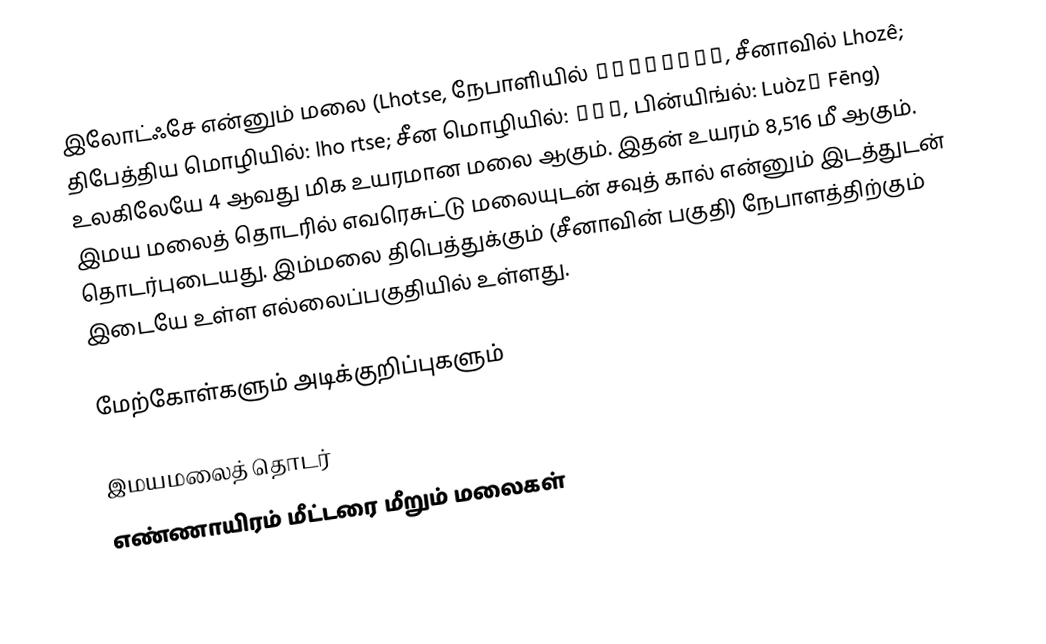
இலோட்ஃசே என்னும் மலை (Lhotse, நேபாளியில் ल्होत्से, சீனாவில் Lhozê; திபேத்திய மொழியில்: lho rtse; சீன மொழியில்: 洛子峰, பின்யிங்ல்: Luòzǐ Fēng) உலகிலேயே 4 ஆவது மிக உயரமான மலை ஆகும். இதன் உயரம் 8,516 மீ ஆகும். இமய மலைத் தொடரில் எவரெசுட்டு மலையுடன் சவுத் கால் என்னும் இடத்துடன் தொடர்புடையது. இம்மலை திபெத்துக்கும் (சீனாவின் பகுதி) நேபாளத்திற்கும் இடையே உள்ள எல்லைப்பகுதியில் உள்ளது.

மேற்கோள்களும் அடிக்குறிப்புகளும்

இமயமலைத் தொடர்
எண்ணாயிரம் மீட்டரை மீறும் மலைகள்